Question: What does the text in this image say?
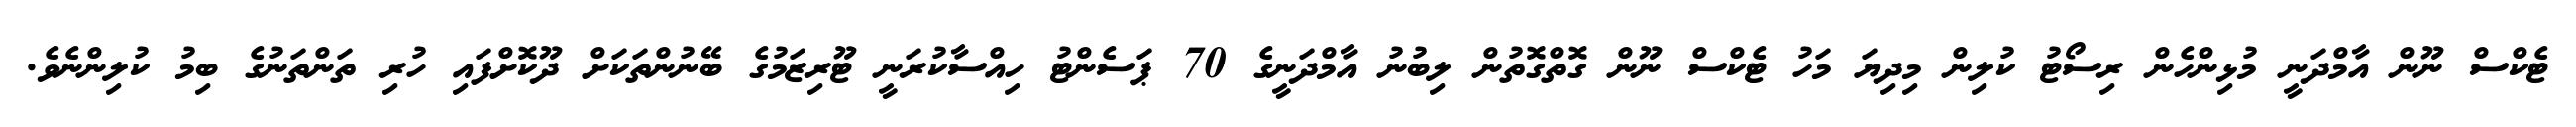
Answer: ޓެކްސް ނޫން އާމްދަނީ މުޅިންހެން ރިސޯޓު ކުލިން މިދިޔަ މަހު ޓެކްސް ނޫން ގޮތްގޮތުން ލިބުނު އާމްދަނީގެ 70 ޕަސެންޓު ހިއްސާކުރަނީ ޓޫރިޒަމުގެ ބޭނުންތަކަށް ދޫކޮށްފައި ހުރި ތަންތަނުގެ ބިމު ކުލިންނެވެ.